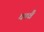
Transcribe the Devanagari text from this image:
चावै